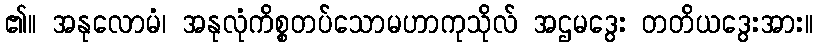
၏။ အနုလောမံ၊ အနုလုံကိစ္စတပ်သောမဟာကုသိုလ် အဌမဒွေး တတိယဒွေးအား။